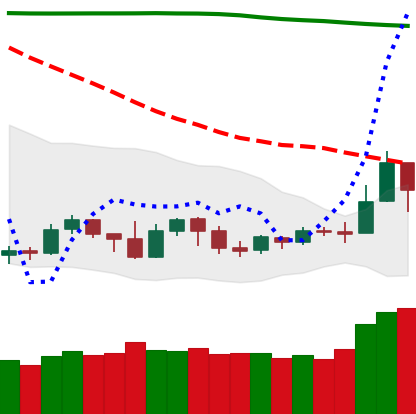
Ticker: NEO-USD
Chart end date: 2019-09-19
Forward return: -24.864%
Label: down_7plus